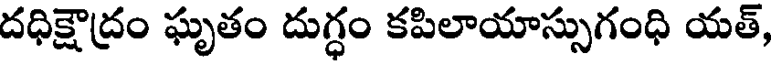
దధిక్షౌద్రం ఘృతం దుగ్ధం కపిలాయాస్సుగంధి యత్,